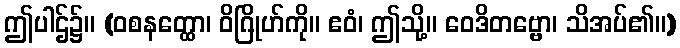
ဤပါဌ်၌။ (ဝစနတ္ထော၊ ဝိဂြိုဟ်ကို။ ဧဝံ၊ ဤသို့။ ဝေဒိတဗ္ဗော၊ သိအပ်၏။)